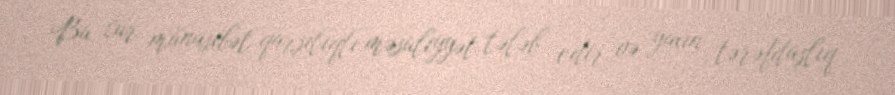
Bu cür münasibət qarşılıqlı məsuliyyət tələb edir və yaxın tərəfdaşlıq